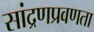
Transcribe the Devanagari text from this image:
सांद्रणप्रवणता